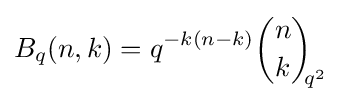
B_{q}(n,k)=q^{-k(n-k)}{\binom {n}{k}}_{\!\!q^{2}}